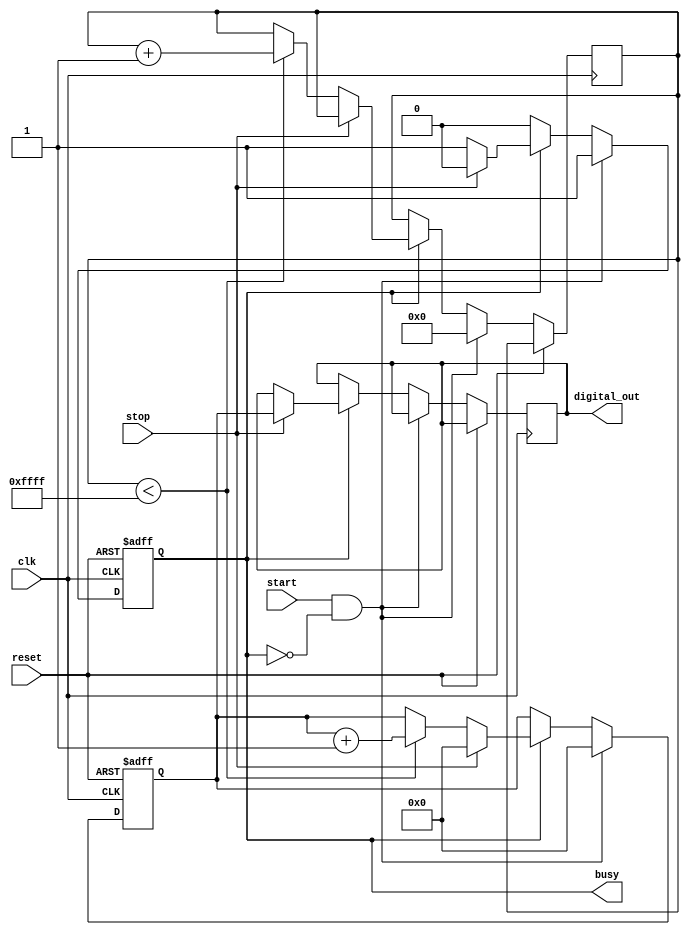
module TDC (
    input wire clk,                // High-frequency clock
    input wire start,              // Start signal (rising edge)
    input wire stop,               // Stop signal (falling edge)
    input wire reset,              // Reset signal
    output wire [15:0] digital_out, // Digital output value from ADC
    output wire busy               // Indicates if TDC is measuring
);

    // Internal signals
    reg [15:0] voltage;            // Simulated voltage across the capacitor
    reg [15:0] digital_value;      // Digital value from ADC
    reg measuring;                 // State of measurement
    reg [31:0] charge_time;        // Time period for which capacitor is charged

    // ADC simulation
    function [15:0] ADC_conversion;
        input [15:0] volt;
        begin
            // Simple scaling to simulate ADC conversion
            ADC_conversion = volt; // Here, we would typically divide by a reference voltage
        end
    endfunction

    // Memory block (simple array to store digital values)
    reg [15:0] memory_block [0:255]; // Memory for storing up to 256 samples
    integer mem_index;

    // Charging current (represented by a constant)  
    parameter charging_current = 1; // Voltage increment per clock cycle

    always @(posedge clk or posedge reset) begin
        if (reset) begin
            voltage <= 16'b0;         // Discharge capacitor on reset
            measuring <= 1'b0;
            mem_index <= 0;           // Reset memory index
        end else if (start && !measuring) begin
            measuring <= 1'b1;        // Start measuring
            voltage <= 16'b0;         // Reset voltage
            charge_time <= 0;         // Reset charge time
        end else if (measuring) begin
            if (stop) begin
                measuring <= 1'b0;    // Stop measuring
                digital_value <= ADC_conversion(voltage);

                // Store the digital value in memory
                if (mem_index < 256) begin
                    memory_block[mem_index] <= digital_value;
                    mem_index <= mem_index + 1; // Increment memory index
                end
                voltage <= 16'b0;     // Hold voltage (simulate stopping charging)
            end else begin
                // Charge the capacitor if still measuring
                if (charge_time < 65535) begin
                    charge_time <= charge_time + 1;  // Increment charge time
                    voltage <= voltage + charging_current; // Simulated charging
                end
            end
        end
    end

    // Output the last stored digital value on a rising edge
    assign digital_out = digital_value;
    assign busy = measuring;

endmodule